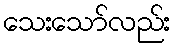
သေးသော်လည်း